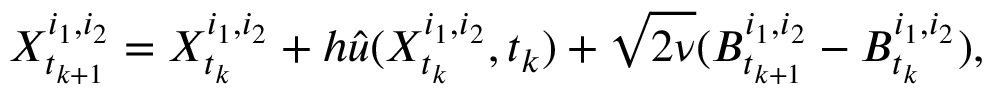
X _ { t _ { k + 1 } } ^ { i _ { 1 } , i _ { 2 } } = X _ { t _ { k } } ^ { i _ { 1 } , i _ { 2 } } + h \Hat { u } ( X _ { t _ { k } } ^ { i _ { 1 } , i _ { 2 } } , t _ { k } ) + \sqrt { 2 \nu } ( B _ { t _ { k + 1 } } ^ { i _ { 1 } , i _ { 2 } } - B _ { t _ { k } } ^ { i _ { 1 } , i _ { 2 } } ) ,